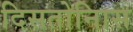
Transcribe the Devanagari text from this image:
दिसतोनिास